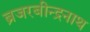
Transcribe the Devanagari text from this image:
ब्रजरबीन्द्रनाथ